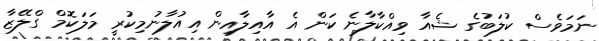
ނަމަވެސް ކުލަބުގެ ޝެއާ ވިއްކާލާނެ ކަން އެ އާއިލާއިން އިއުލާނުމިކުރީ މަލަކޮމް ގްލޭޒާ